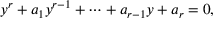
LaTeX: y ^ { r } + a _ { 1 } y ^ { r - 1 } + \cdots + a _ { r - 1 } y + a _ { r } = 0 ,